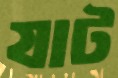
যাট